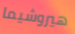
هيروشيما